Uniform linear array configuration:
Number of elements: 48
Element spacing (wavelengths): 0.25
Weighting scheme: blackman
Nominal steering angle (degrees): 60
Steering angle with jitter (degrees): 61.971
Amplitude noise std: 0.05
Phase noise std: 0.05

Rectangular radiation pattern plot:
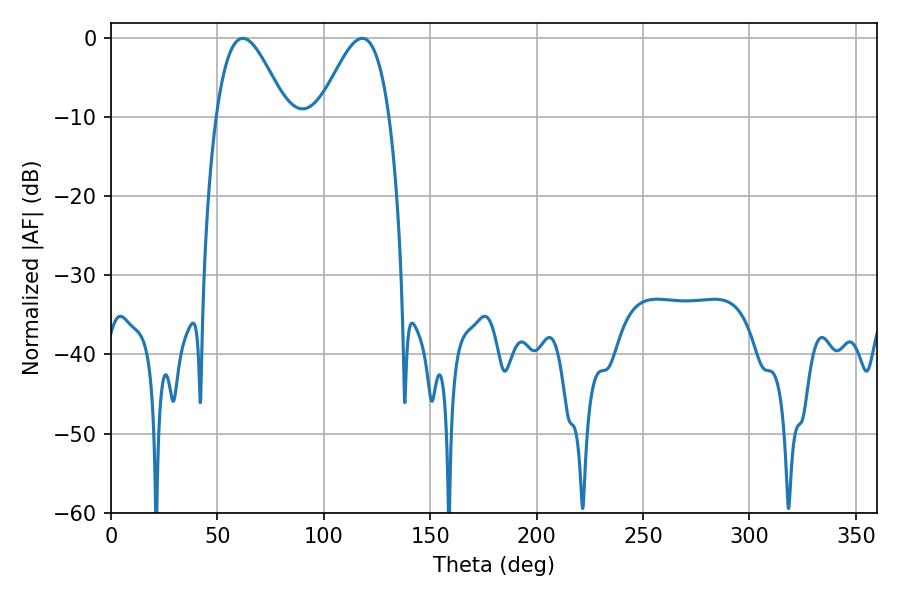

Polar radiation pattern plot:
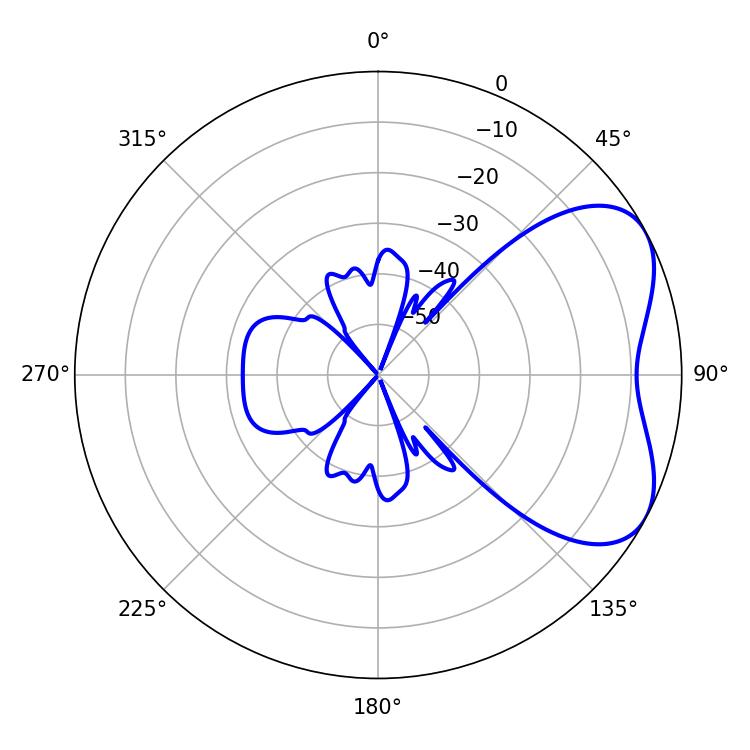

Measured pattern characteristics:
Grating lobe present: FALSE
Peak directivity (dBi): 5.024
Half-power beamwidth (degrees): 17.64
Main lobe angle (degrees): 61.92